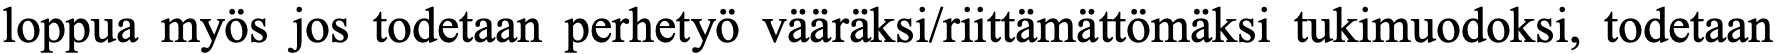
loppua myös jos todetaan perhetyö vääräksi/riittämättömäksi tukimuodoksi, todetaan